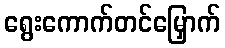
ရွေးကောက်တင်မြှောက်